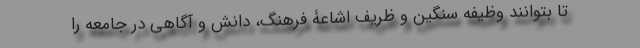
تا بتوانند وظیفه سنگین و ظریف اشاعۀ فرهنگ، دانش و آگاهی در جامعه را